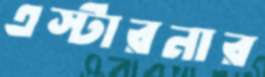
এস্টারনার